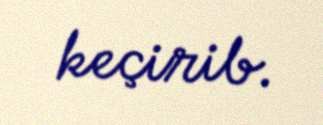
keçirib.